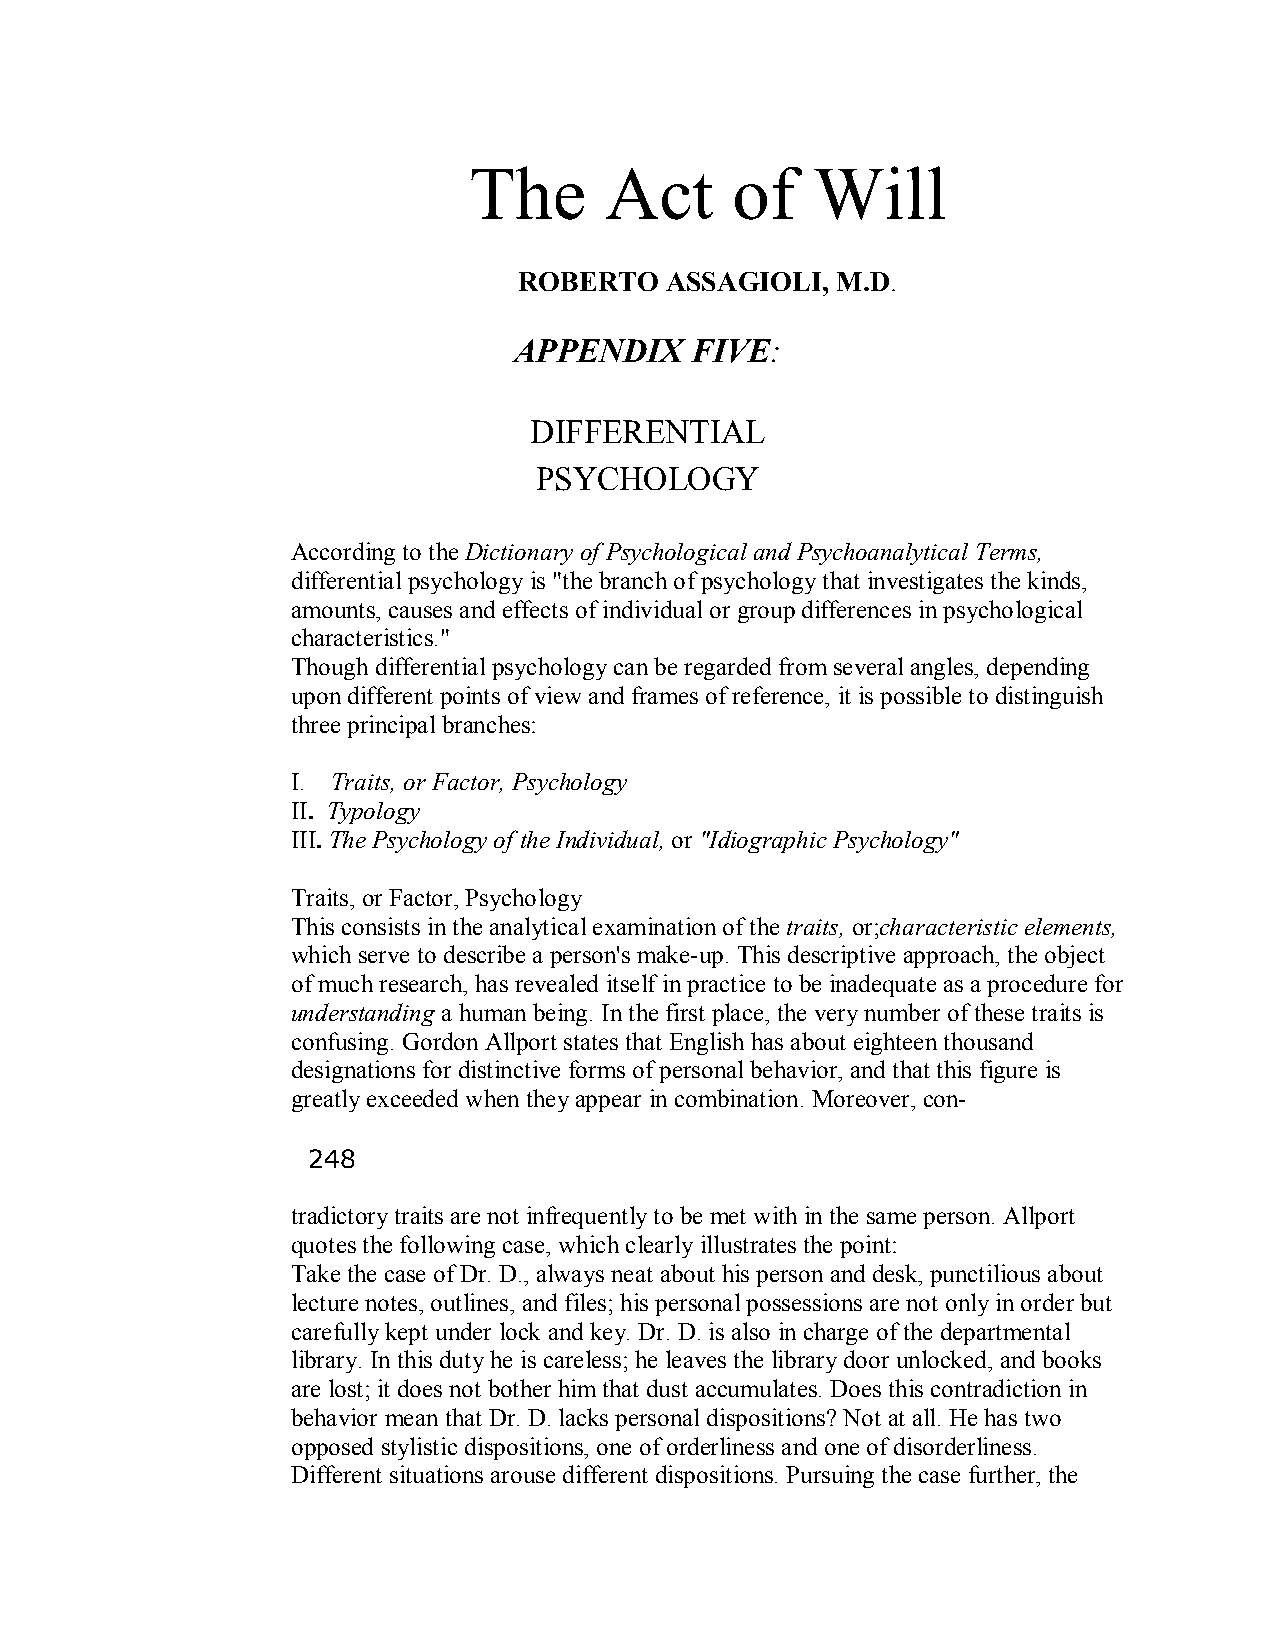
The      Act     of    Will
 ROBERTO   ASSAGIOLI, M.D.
 APPENDIX    FIVE:
 DIFFERENTIAL
 PSYCHOLOGY
 According to the Dictionary of Psychological andPsychoanalytical Terms,
 differential psychology is "the branch of psychology that investigates the kinds,
 amounts, causes and effects of individual or group differences in psychological
 characteristics."
 Though differential psychology can be regarded fromseveral angles, depending
 upon different points of view and frames of reference, it is possible to distinguish
 three principal branches:
 I. Traits, or Factor, Psychology
 II. Typology
 III. The Psychology of the Individual,or "Idiographic Psychology"
 Traits, or Factor, Psychology
 This consists in the analytical examination of the traits, or;characteristic elements,
 which serve to describe a person's make­up. This descriptive approach, the object
 of much research, has revealed itself in practice to be inadequate as a procedure for
 understanding a human being. In the first place, the very number of these traits is
 confusing. Gordon Allport states that English has about eighteen thousand
 designations for distinctive forms of personal behavior, and that this figure is
 greatly exceeded when they appear in combination. Moreover, con­
 248
 tradictory traits are not infrequently to be met with in the same person. Allport
 quotes the following case, which clearly illustrates the point:
 Take the case of Dr. D., always neat about his person and desk, punctilious about
 lecture notes, outlines, and files; his personal possessions are not only in order but
 carefully kept under lock and key. Dr. D. is also in charge of the departmental
 library. In this duty he is careless; he leaves the library door unlocked, and books
 are lost; it does not bother him that dust accumulates. Does this contradiction in
 behavior mean that Dr. D. lacks personal dispositions? Not at all. He has two
 opposed stylistic dispositions, one of orderliness and one of disorderliness.
 Different situations arouse different dispositions. Pursuing the case further, the